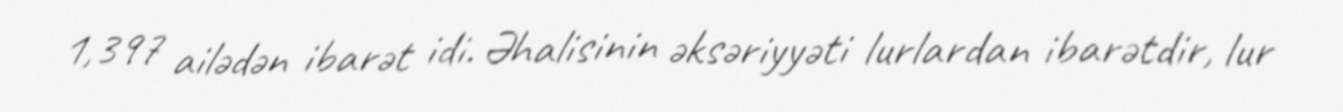
1,397 ailədən ibarət idi. Əhalisinin əksəriyyəti lurlardan ibarətdir, lur